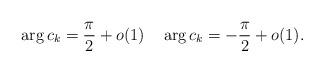
LaTeX: \begin{align*}\arg c_k =\frac{\pi}{2}+o(1)\quad\arg c_k =-\frac{\pi}{2}+o(1).\end{align*}